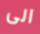
الى